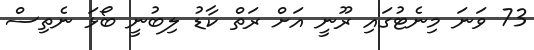
73 ވަނަ މިނެޓުގައި ރޫނީ އަށް ރަތް ކާޑު ލިބުނީ ބޯޅަ ނެތިސް